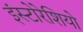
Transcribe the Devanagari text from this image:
इंस्टोरेशियो